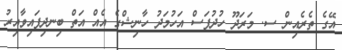
އޭގެ ތެރެއިން ސ. މަރަދޫ ހުދުފަސް އަހުމަދު ހާނިޝްގެ އެެއް އަތް ބިނދިފައިވާއިރު